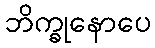
ဘိက္ခုနောပေ